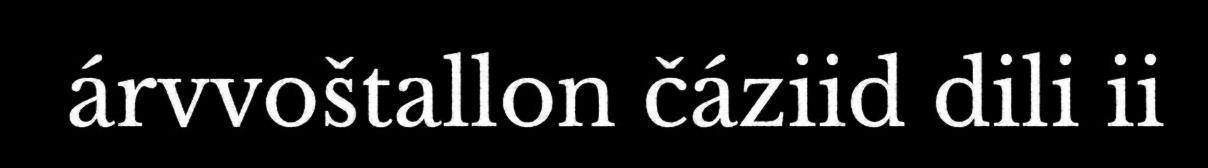
árvvoštallon čáziid dili ii